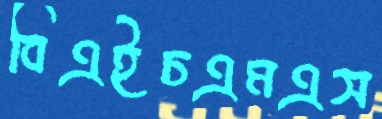
বিএইচএমএস